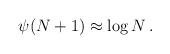
LaTeX: \begin{align*}\psi(N+1)\approx\log N\,.\end{align*}